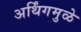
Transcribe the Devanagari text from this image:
अर्थिंगमुळे